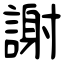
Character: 謝